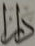
دار